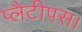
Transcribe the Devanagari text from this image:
प्लैटीपस।